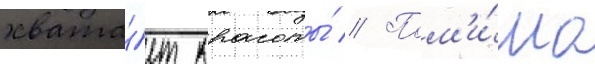
хвата́ет красоты́ // Пом'и́мо